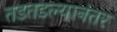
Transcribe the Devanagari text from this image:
तडतडल्यानंतर